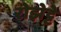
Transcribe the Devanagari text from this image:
रोझेट्टे